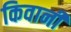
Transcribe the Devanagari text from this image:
किवानी